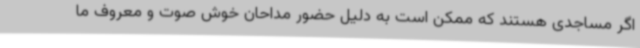
اگر مساجدی هستند که ممکن است به دلیل حضور مداحان خوش صوت و معروف ما